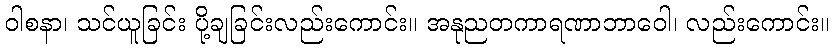
ဝါစနာ၊ သင်ယူခြင်း ပို့ချခြင်းလည်းကောင်း။ အနုညတကာရဏာဘာဝေါ၊ လည်းကောင်း။